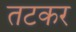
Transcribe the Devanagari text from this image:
तटकर